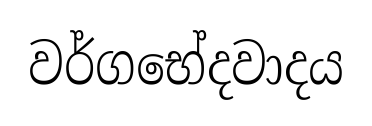
වර්ගභේදවාදය